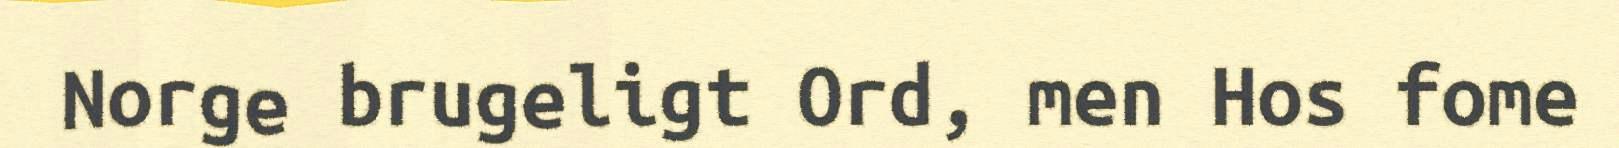
Norge brugeligt Ord, men Hos fome